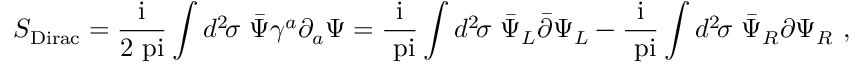
S _ { \mathrm { D i r a c } } = \mathrm { \frac { i } { 2 \ p i } } \int d ^ { 2 } \! \sigma \, \, { \bar { \Psi } } \gamma ^ { a } \partial _ { a } \Psi = \mathrm { \frac { i } { \ p i } } \int d ^ { 2 } \! \sigma \, \, { \bar { \Psi } } _ { L } { \bar { \partial } } \Psi _ { L } - \mathrm { \frac { i } { \ p i } } \int d ^ { 2 } \! \sigma \, \, { \bar { \Psi } } _ { R } { \partial } \Psi _ { R } \ ,